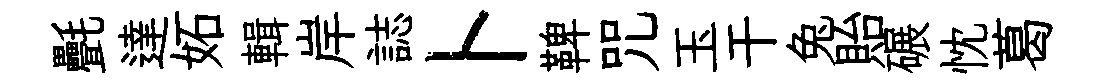
㲲達妬輯岸誌卜鞞咒玉干兔貽碾忱葛